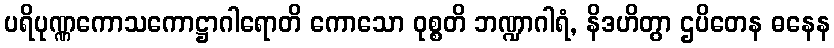
ပရိပုဏ္ဏကောသကောဋ္ဌာဂါရောတိ ကောသော ဝုစ္စတိ ဘဏ္ဍာဂါရံ, နိဒဟိတွာ ဌပိတေန ဓနေန